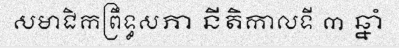
សមាជិកព្រឹទ្ធសភា នីតិកាលទី ៣ ឆ្នាំ